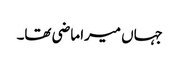
جہاں میرا ماضی تھا۔